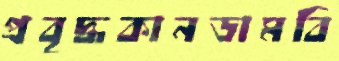
প্রবৃদ্ধকানডামবি